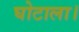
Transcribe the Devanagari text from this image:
घोटाला।